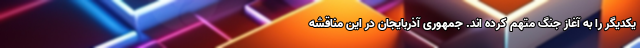
یکدیگر را به آغاز جنگ متهم کرده اند. جمهوری آذربایجان در این مناقشه